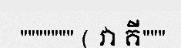
""""""" ( វា គី"""